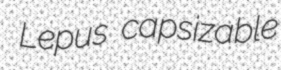
Lepus capsizable